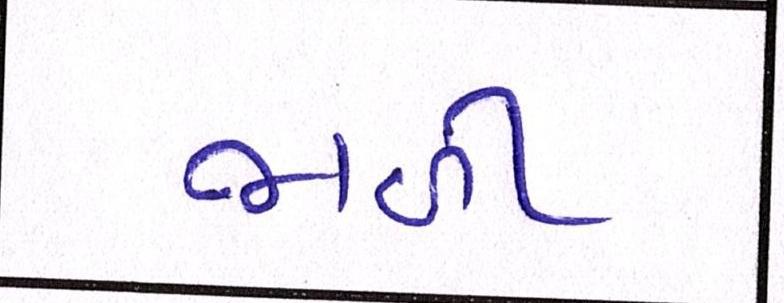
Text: જાળી